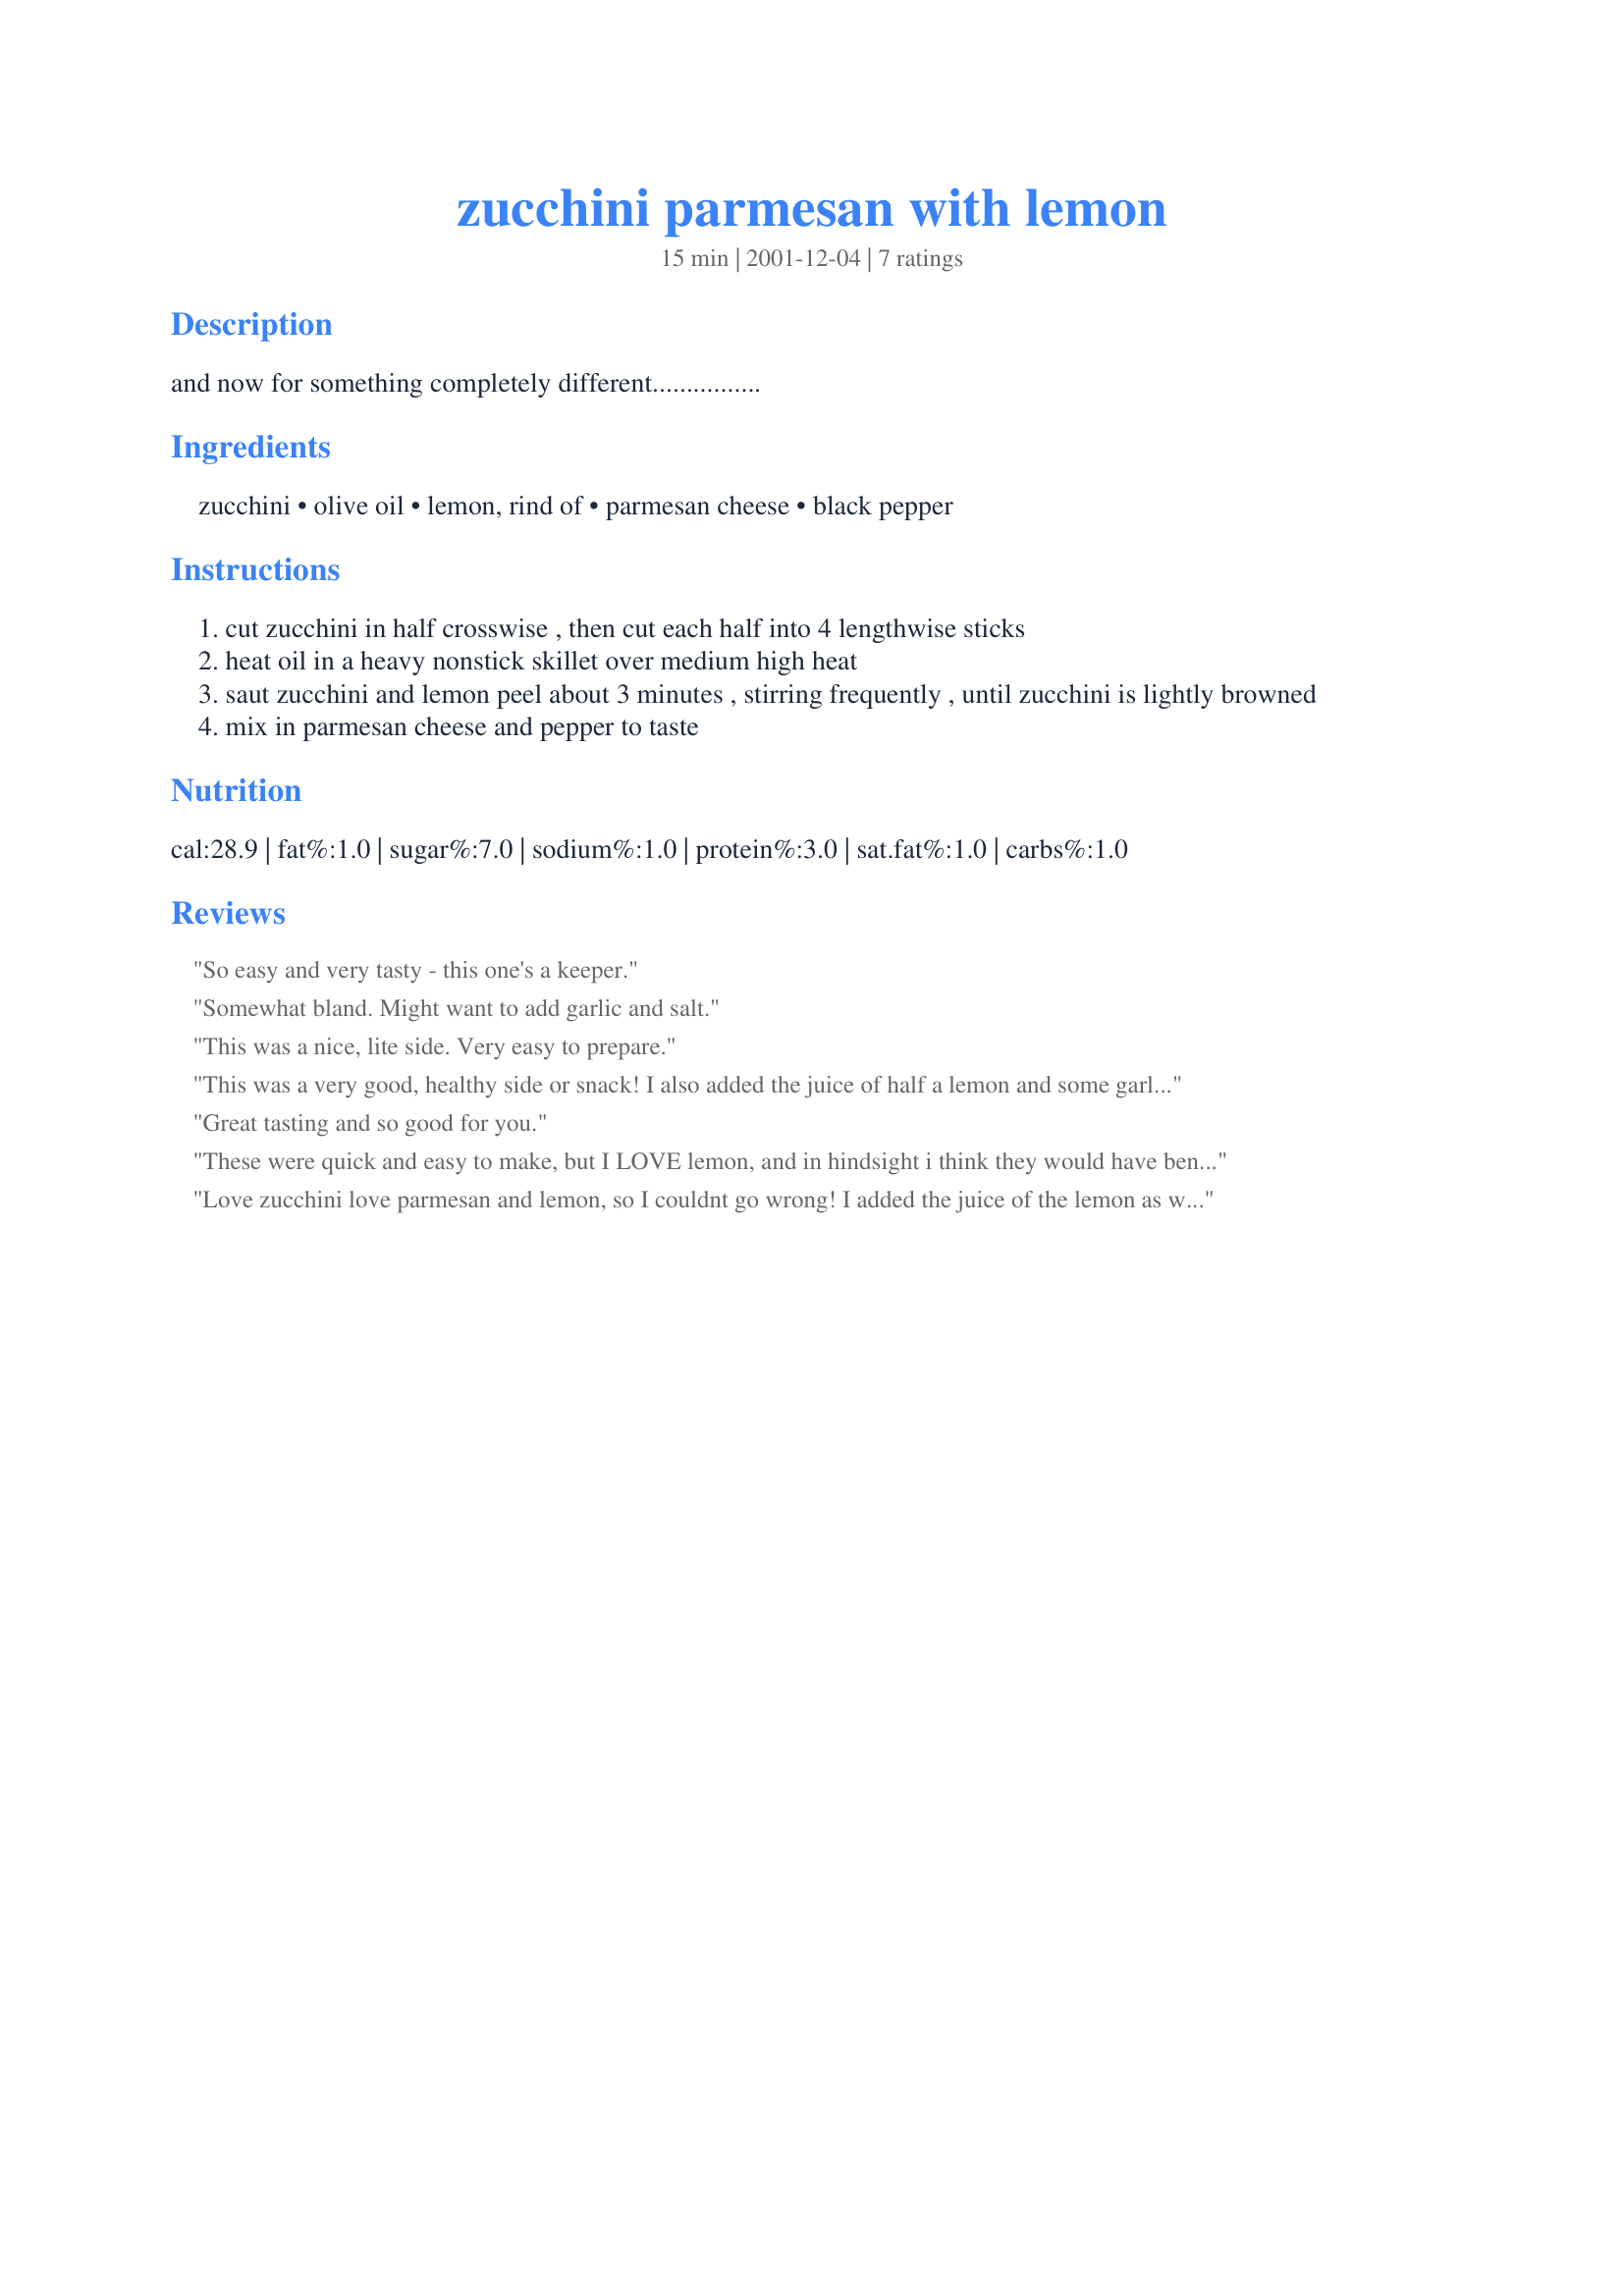
zucchini parmesan with lemon
Preparation time: 15 minutes

and now for something completely different................

Ingredients:
zucchini, olive oil, lemon, rind of, parmesan cheese, black pepper

Steps:
cut zucchini in half crosswise , then cut each half into 4 lengthwise sticks
heat oil in a heavy nonstick skillet over medium high heat
saut zucchini and lemon peel about 3 minutes , stirring frequently , until zucchini is lightly browned
mix in parmesan cheese and pepper to taste

Reviews:
So easy and very tasty - this one's a keeper.
Somewhat bland. Might want to add garlic and salt.
This was a nice, lite side. Very easy to prepare.
This was a very good, healthy side or snack! I also added the juice of half a lemon and some garlic (I am a garlic addict). Thanks!
Great tasting and so good for you.
These were quick and easy to make, but I LOVE lemon, and in hindsight i think they would have benefitted from the juice of half a lemon being squeezed over them to finish.
UPDATE: This is our second attempt at cooking these, and this time we turned the heat up to high under the wok to stir fry them, added the zest closer to the end, and finished the dish off with the juice of half a lemon. They had a wonderful grilled flavour, and a fabulous lemony tang. Now they're a keeper.
Love zucchini love parmesan and lemon, so I couldnt go wrong!
I added the juice of the lemon as well, quick and easy, thanks Miller. =)
